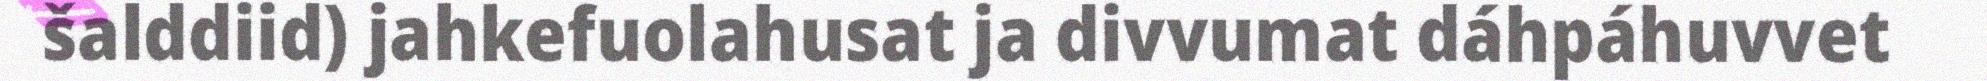
šalddiid) jahkefuolahusat ja divvumat dáhpáhuvvet